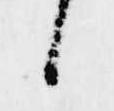
候